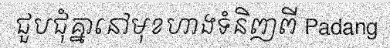
ជួបជុំគ្នានៅមុខហាងទំនិញពី Padang